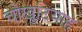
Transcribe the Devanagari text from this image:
चौखुटियाहृ